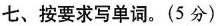
七、 按要求写单词。(5分)